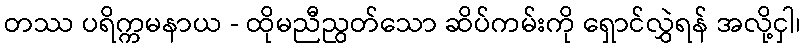
တဿ ပရိက္ကမနာယ - ထိုမညီညွတ်သော ဆိပ်ကမ်းကို ရှောင်လွှဲရန် အလို့ငှါ၊